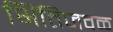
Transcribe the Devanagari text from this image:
भिंतिजवळ